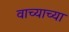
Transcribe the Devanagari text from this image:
वाच्याच्या